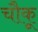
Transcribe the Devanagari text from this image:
चौकू